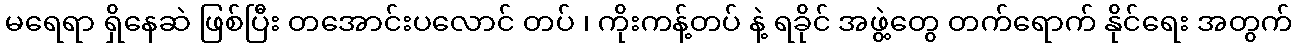
မရေရာ ရှိနေဆဲ ဖြစ်ပြီး တအောင်းပလောင် တပ် ၊ ကိုးကန့်တပ် နဲ့ ရခိုင် အဖွဲ့တွေ တက်ရောက် နိုင်ရေး အတွက်